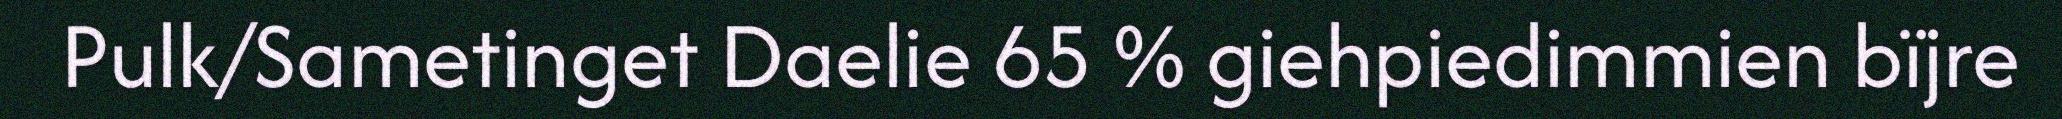
Pulk/Sametinget Daelie 65 % giehpiedimmien bïjre